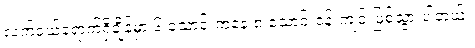
လက်ဝယ်ရောက်ရှိချိန်မှာ ၆ သောင်းကနေ ၈ သောင်းဝန်းကျင် ဖြစ်သွားပါတယ်။